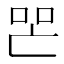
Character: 𱒛